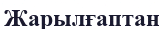
Жарылғаптан